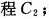
程C2；